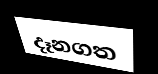
දෑනගත